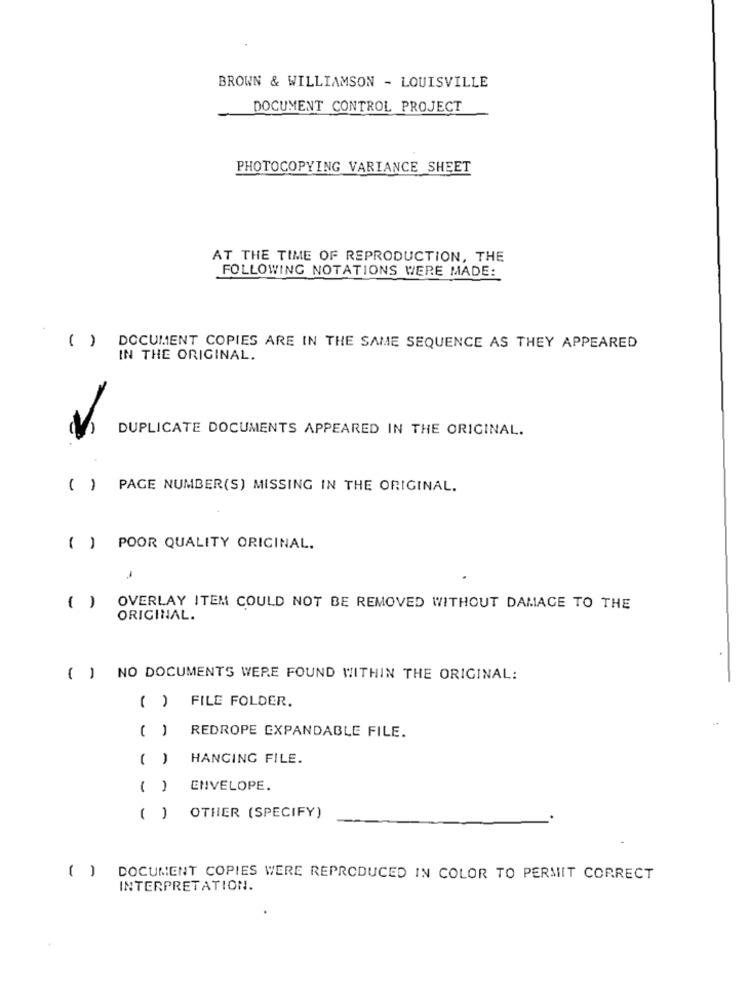
BROWN & WILLIAMSON - LOUISVILLE
DOCUMENT CONTROL PROJECT
PHOTOCOPYING VARIANCE SHEET
AT THE TIME OF REPRODUCTION, THE
FOLLOWING NOTATIONS WERE MADE:
( ) DOCUMENT COPIES ARE IN THE SAME SEQUENCE AS THEY APPEARED
IN THE ORIGINAL.
DUPLICATE DOCUMENTS APPEARED IN THE ORIGINAL.
( ) PAGE NUMBER(S) MISSING IN THE ORIGINAL.
( ) POOR QUALITY ORIGINAL.
( ) OVERLAY ITEM COULD NOT BE REMOVED WITHOUT DAMAGE TO THE
ORIGINAL.
( ) NO DOCUMENTS WERE FOUND WITHIN THE ORIGINAL:
( ) FILE FOLDER.
()
REDROPE EXPANDABLE FILE.
( )
HANGING FILE.
( )
ENVELOPE.
( )
OTHER (SPECIFY)
( )
DOCUMENT COPIES WERE REPRODUCED IN COLOR TO PERMIT CORRECT
INTERPRETATION.